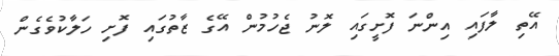
އޭތި ލާފައި އިންނަ ފޮށީގައި ލޮނު ޖެހުމުން އޭގެ ޒާތުގައި ފޮށި ހަލާކުވެގެން